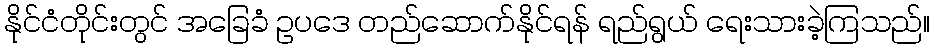
နိုင်ငံတိုင်းတွင် အခြေခံ ဥပဒေ တည်ဆောက်နိုင်ရန် ရည်ရွယ် ရေးသားခဲ့ကြသည်။